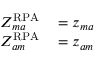
\begin{array} { r l } { Z _ { m a } ^ { \mathrm { R P A } } } & { { } = z _ { m a } } \\ { Z _ { a m } ^ { \mathrm { R P A } } } & { { } = z _ { a m } } \end{array}